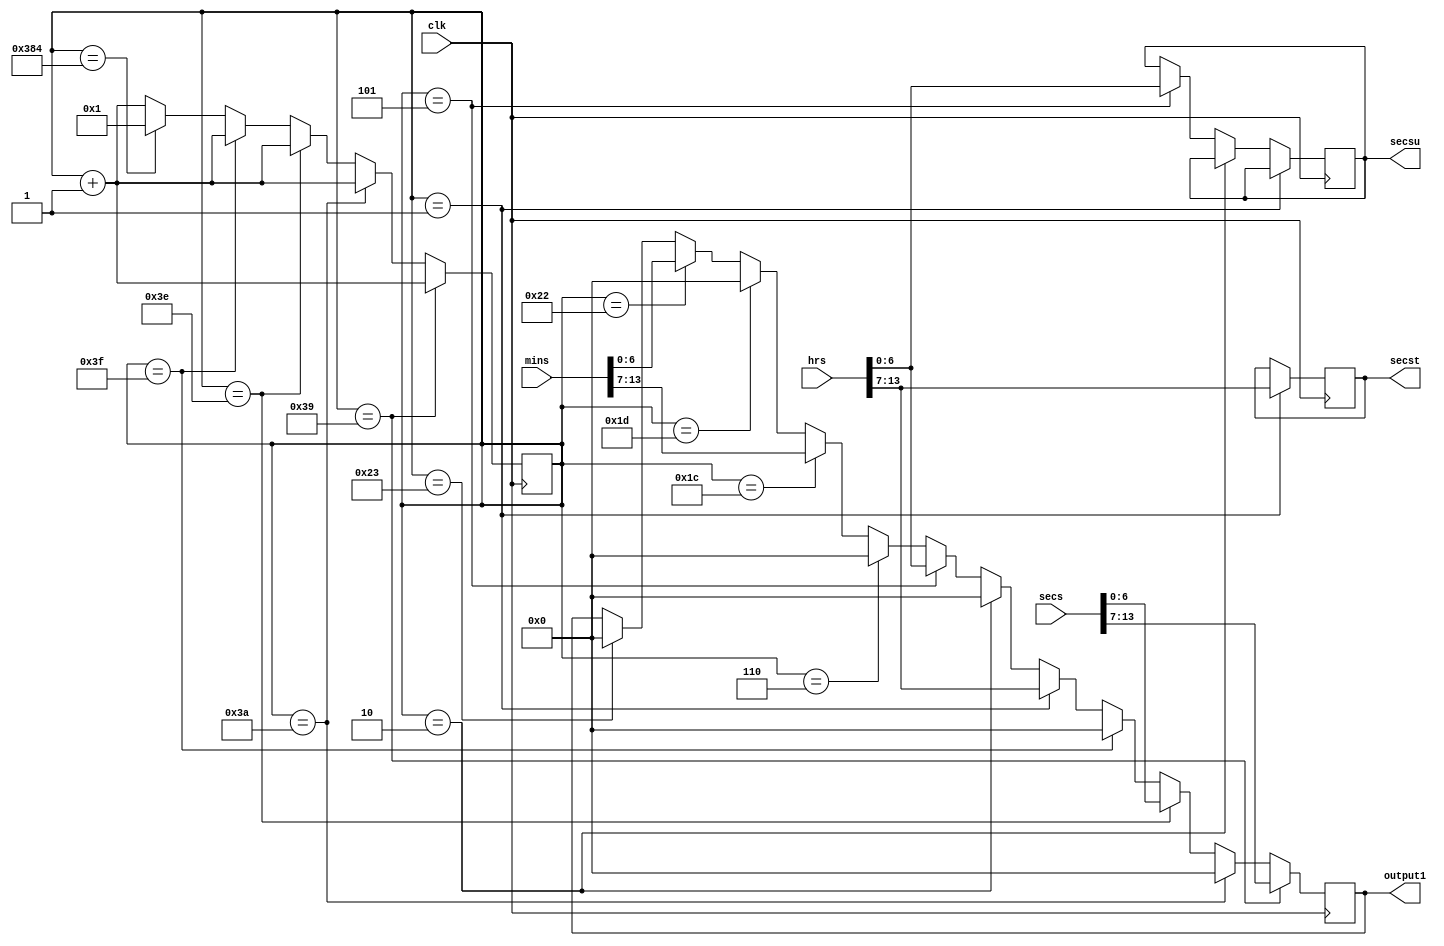
module hrs_mins_secs(output1,secst,secsu,hrs,mins,secs,clk);
input [13:0] hrs;
input [13:0] mins;
input [13:0] secs;
input clk;
output [6:0] output1;
output [6:0] secst;
output [6:0] secsu;
reg    [6:0] output1;
//reg [1:0] count ;
reg [32:0] count = 2'b01;
reg    [6:0] secst;
reg    [6:0] secsu;


//assign count = 2'b01;
//wire [13:0] mins,secs,hrs;
//wire [13:7]hours_tens_segments;
//wire [6:0]hours_units_segments;
//wire [13:7]mins_tens_segments;
///wire [6:0]mins_units_segments;
///assign hours_tens_segments = hrs [13:7];
///assign hours_units_segments = hrs [6:0];
///assign mins_tens_segments =  mins [13:7];
////assign mins_units_segments = mins [6:0];

//assign mins_segments = {mins_tens_segments,mins_units_segments};
always@(posedge clk)
begin
if (count == 1 )
begin
output1 <=  hrs[13:7] ;
secst <=    hrs[13:7];
count <= count +1 ; 
end 
else if (count == 2 )
begin
output1 <=  6'b0000000 ;
count <= count +1;
end 
else if (count == 5)
begin
output1 <=  hrs [6:0];
secsu <=    hrs [6:0];
count <= count +1;
end else if(count == 6)
begin
output1 <=  6'b0000000 ;
count <= count +1;
end 
else  
if (count ==28) begin
output1 <=  mins [13:7];
count <= count +1;
end 
else if (count == 29) 
begin 
output1 <=  6'b0000000 ;
count <= count +1;
end
else if (count == 34) 
begin 
output1 <=  mins [6:0];
//secsu <=    secs [6:0];
count <= count +1;
end 
else if(count == 35)
begin
output1 <=  6'b0000000 ;
count <= count +1;
end 
if (count == 57) begin
output1 <=  secs [13:7];
count <= count +1;
end 
else if (count == 58) 
begin 
output1 <=  6'b0000000 ;
count <= count +1;
end
else if (count == 62) 
begin 
output1 <=  secs [6:0];
//secsu <=    secs [6:0];
count <= count +1;
end 
else if(count == 63)
begin
output1 <=  6'b0000000 ;
count <= count +1;
end 

else if (count == 900)
begin
count <= 1;
end 
else 
begin  
count <= count +1;
end
end


endmodule